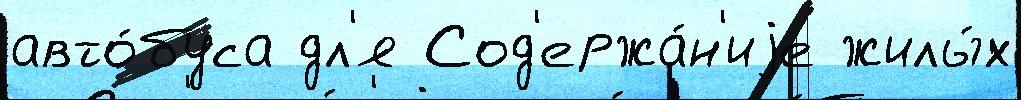
авто́буса дл'я Сод'ержа́н'иjе жилы́х